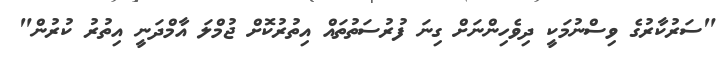
"ސަރުކާރުގެ ވިސްނުމަކީ ދިވެހިންނަށް ގިނަ ފުރުސަތުތައް އިތުރުކޮށް ޖުމްލަ އާމްދަނީ އިތުރު ކުރުން"